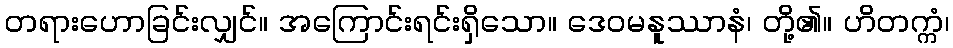
တရားဟောခြင်းလျှင်။ အကြောင်းရင်းရှိသော။ ဒေဝမနူဿာနံ၊ တို့၏။ ဟိတက္ကံ၊